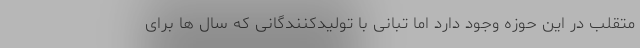
متقلب در این حوزه وجود دارد اما تبانی با تولیدکنندگانی که سال ها برای